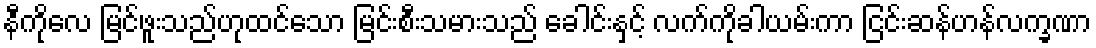
နီကိုလေ မြင်ဖူးသည်ဟုထင်သော မြင်းစီးသမားသည် ခေါင်းနှင့် လက်ကိုခါယမ်းကာ ငြင်းဆန်ဟန်လက္ခဏာ